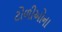
ટોળીઓના